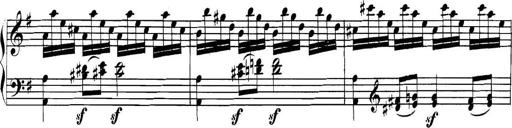
Title: Collected Piano Sonatas
Composer: Muzio Clementi